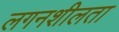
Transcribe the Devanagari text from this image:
लगनशीलता